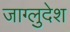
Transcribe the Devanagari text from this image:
जाग्लुदेश